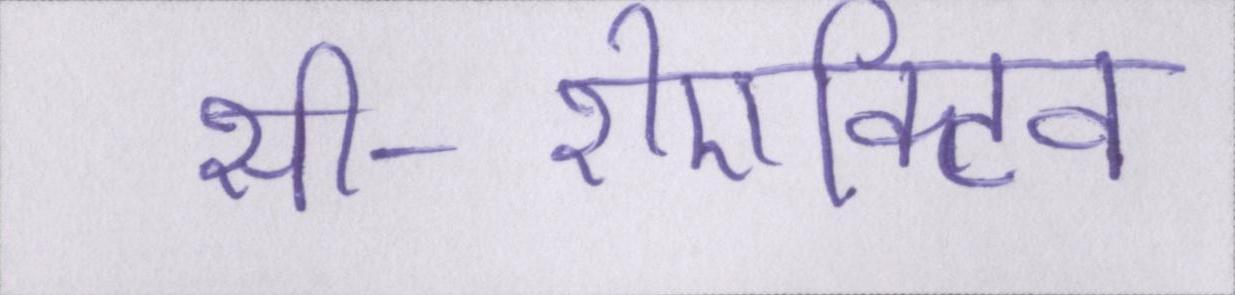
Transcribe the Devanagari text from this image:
सी-रीएक्टिव